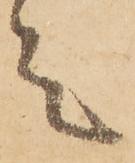
言